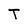
Character: T